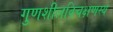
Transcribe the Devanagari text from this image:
गुणशीलविचक्षणस्य